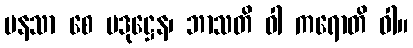
မနသာ စေ ပဒုဋ္ဌေန၊ ဘာသတိ ဝါ ကရောတိ ဝါ။